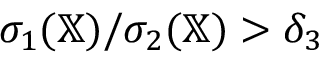
\sigma _ { 1 } ( \mathbb { X } ) / \sigma _ { 2 } ( \mathbb { X } ) > \delta _ { 3 }